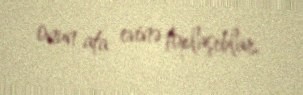
onun ata evinə toplaşıblar.